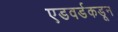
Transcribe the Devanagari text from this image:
एडवर्डकडून